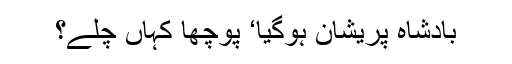
بادشاہ پریشان ہوگیا‘ پوچھا کہاں چلے؟